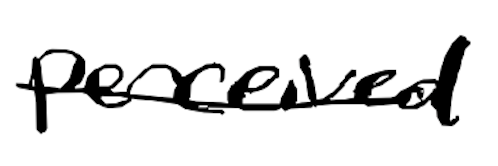
Text: perceived
Cross-out: single-line
Writing tool: digital_black